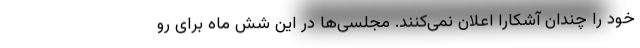
خود را چندان آشکارا اعلان نمی‌کنند. مجلسی‌ها در این شش ماه برای رو